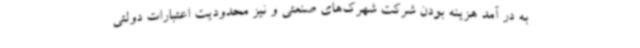
به در آمد هزینه بودن شرکت شهرک‌های صنعتی و نیز محدودیت اعتبارات دولتی